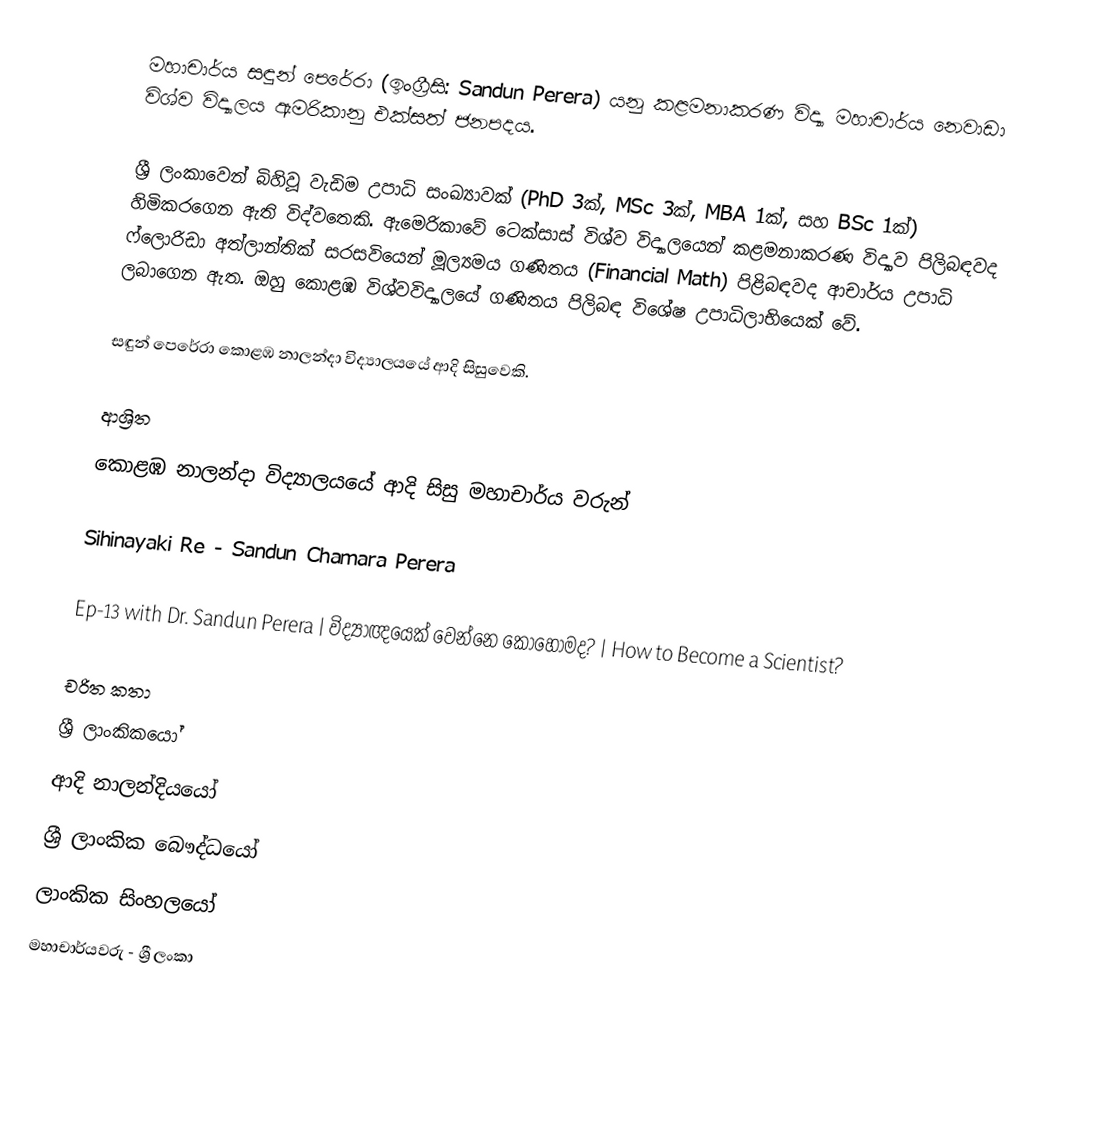
මහාචාර්ය සඳුන් පෙරේරා (ඉංග්‍රීසි: Sandun Perera) යනු  කළමනාකරණ විද්‍යා මහාචාර්ය නෙවාඩා විශ්ව විද්‍යාලය ඇමරිකානු එක්සත් ජනපදය.

ශ්‍රී ලංකාවෙන් බිහිවූ වැඩිම උපාධි සංඛ්‍යාවක් (PhD 3ක්, MSc 3ක්, MBA 1ක්, සහ BSc 1ක්) හිමිකරගෙන ඇති විද්වතෙකි.  ඇමෙරිකාවේ ටෙක්සාස් විශ්ව විද්‍යාලයෙන් කළමනාකරණ විද්‍යාව පිලිබඳවද ෆ්ලොරිඩා අත්ලාන්තික් සරසවියෙන් මූල්‍යමය ගණිතය (Financial Math) පිළිබඳවද ආචාර්ය උපාධි ලබාගෙන ඇත. ඔහු කොළඹ විශ්වවිද්‍යාලයේ ගණිතය පිලිබඳ විශේෂ උපාධිලාභියෙක් වේ.

සඳුන් පෙරේරා  කොළඹ නාලන්දා විද්‍යාලයයේ ආදි සිසුවෙකි.

ආශ්‍රිත
 කොළඹ නාලන්දා විද්‍යාලයයේ ආදි සිසු මහාචාර්ය වරුන්

 Sihinayaki Re - Sandun Chamara Perera

 Ep-13 with Dr. Sandun Perera | විද්‍යාඥයෙක් වෙන්නෙ කොහොමද? | How to Become a Scientist?

චරිත කතා
ශ්‍රී ලාංකිකයෝ
ආදි නාලන්දියයෝ
ශ්‍රී ලාංකික බෞද්ධයෝ
ලාංකික සිංහලයෝ
මහාචාර්යවරු - ශ්‍රී ලංකා